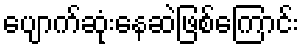
ပျောက်ဆုံးနေဆဲဖြစ်ကြောင်း